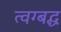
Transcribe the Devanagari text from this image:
त्वग्बद्ध